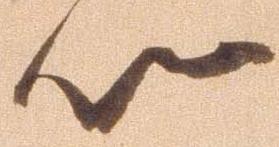
以